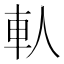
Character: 𨊤